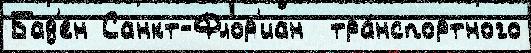
Бад'ен Санкт-Флор'иан  тра́нспортного